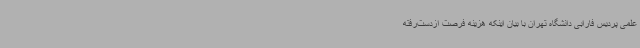
علمی پردیس فارابی دانشگاه تهران با بیان اینکه هزینه فرصت ازدست‌رفته